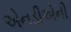
એનડીએની